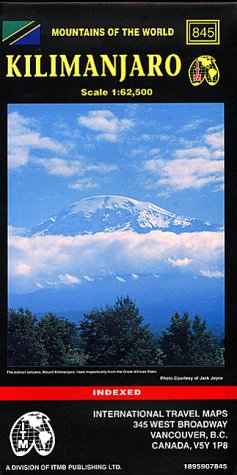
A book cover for Kilimanjaro: Trekking Map (Tourist Map); Jack Joyce; Travel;